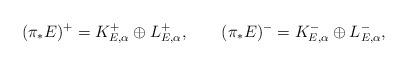
LaTeX: \begin{align*}(\pi_*E)^+=K_{E, \alpha}^+\oplus L_{E, \alpha}^+,\qquad(\pi_*E)^-=K_{E, \alpha}^-\oplus L_{E, \alpha}^-,\end{align*}